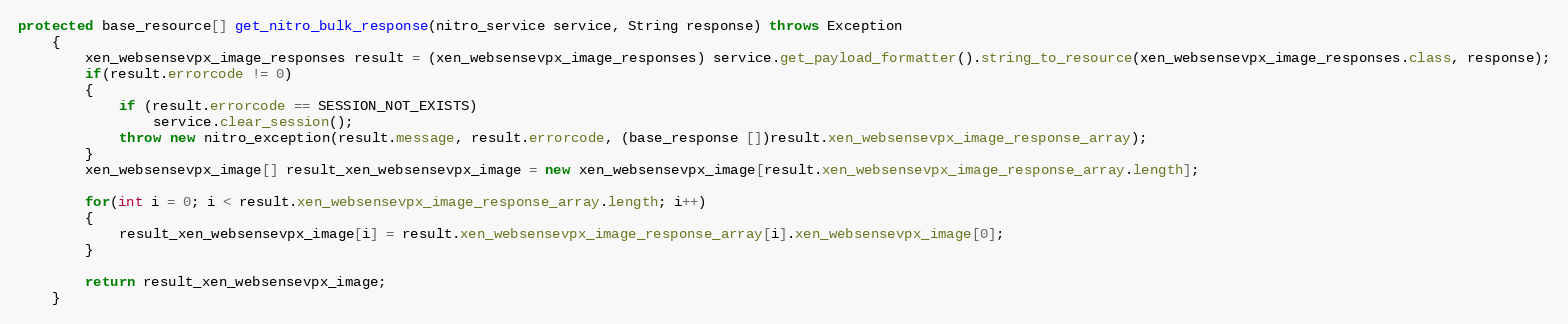
Language: Java
protected base_resource[] get_nitro_bulk_response(nitro_service service, String response) throws Exception
	{
		xen_websensevpx_image_responses result = (xen_websensevpx_image_responses) service.get_payload_formatter().string_to_resource(xen_websensevpx_image_responses.class, response);
		if(result.errorcode != 0)
		{
			if (result.errorcode == SESSION_NOT_EXISTS)
				service.clear_session();
			throw new nitro_exception(result.message, result.errorcode, (base_response [])result.xen_websensevpx_image_response_array);
		}
		xen_websensevpx_image[] result_xen_websensevpx_image = new xen_websensevpx_image[result.xen_websensevpx_image_response_array.length];

		for(int i = 0; i < result.xen_websensevpx_image_response_array.length; i++)
		{
			result_xen_websensevpx_image[i] = result.xen_websensevpx_image_response_array[i].xen_websensevpx_image[0];
		}

		return result_xen_websensevpx_image;
	}